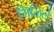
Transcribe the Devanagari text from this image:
गिळिले